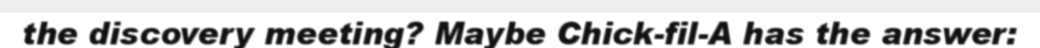
the discovery meeting? Maybe Chick-fil-A has the answer: